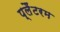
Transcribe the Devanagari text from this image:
प्लैंटरम